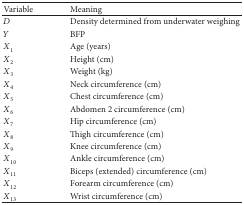
<table><thead><tr><td><b>Variable</b></td><td><b>Meaning</b></td></tr></thead><tbody><tr><td><i>D</i></td><td>Density determined from underwater weighing</td></tr><tr><td><i>Y</i></td><td>BFP</td></tr><tr><td><i>X</i><sub>1</sub></td><td>Age (years)</td></tr><tr><td><i>X</i><sub>2</sub></td><td>Height (cm)</td></tr><tr><td><i>X</i><sub>3</sub></td><td>Weight (kg)</td></tr><tr><td><i>X</i><sub>4</sub></td><td>Neck circumference (cm)</td></tr><tr><td><i>X</i><sub>5</sub></td><td>Chest circumference (cm)</td></tr><tr><td><i>X</i><sub>6</sub></td><td>Abdomen 2 circumference (cm)</td></tr><tr><td><i>X</i><sub>7</sub></td><td>Hip circumference (cm)</td></tr><tr><td><i>X</i><sub>8</sub></td><td>Thigh circumference (cm)</td></tr><tr><td><i>X</i><sub>9</sub></td><td>Knee circumference (cm)</td></tr><tr><td><i>X</i><sub>10</sub></td><td>Ankle circumference (cm)</td></tr><tr><td><i>X</i><sub>11</sub></td><td>Biceps (extended) circumference (cm)</td></tr><tr><td><i>X</i><sub>12</sub></td><td>Forearm circumference (cm)</td></tr><tr><td><i>X</i><sub>13</sub></td><td>Wrist circumference (cm)</td></tr></tbody></table>